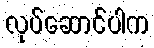
လုပ်ဆောင်ပါက